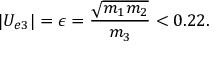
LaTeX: | U _ { e 3 } | = \epsilon = \frac { \sqrt { m _ { 1 } m _ { 2 } } } { m _ { 3 } } < 0 . 2 2 .